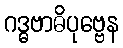
ဂဒ္ဓဗာဓိပုဗ္ဗေန